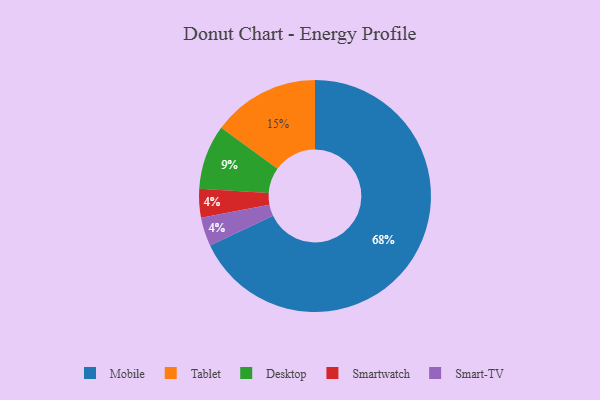
{"axis": {"x": "Category", "y": "Percentage"}, "legend": ["Desktop", "Mobile", "Smart-TV", "Smartwatch", "Tablet"], "data": [{"x": "Smartwatch", "y": 4, "type": "Smartwatch"}, {"x": "Tablet", "y": 15, "type": "Tablet"}, {"x": "Smart-TV", "y": 4, "type": "Smart-TV"}, {"x": "Mobile", "y": 68, "type": "Mobile"}, {"x": "Desktop", "y": 9, "type": "Desktop"}]}